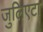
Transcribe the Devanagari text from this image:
जुलिएटा